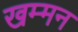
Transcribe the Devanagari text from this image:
खम्मन